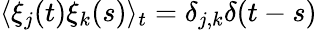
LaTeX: \langle\xi_{j}(t)\xi_{k}(s)\rangle_{t}=\delta_{j,k}\delta(t-s)